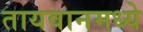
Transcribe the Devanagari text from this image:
तायवानमध्ये